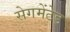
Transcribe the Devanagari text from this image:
सेगमेंटेड